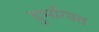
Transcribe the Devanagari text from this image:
दुर्भाग्यत